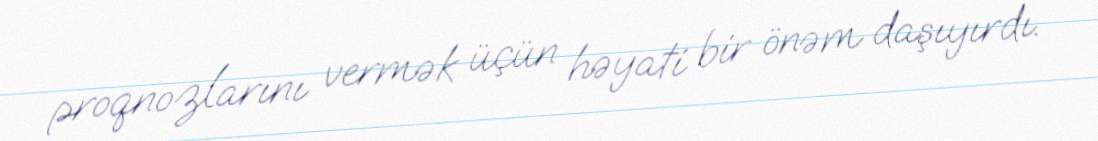
proqnozlarını vermək üçün həyati bir önəm daşıyırdı.